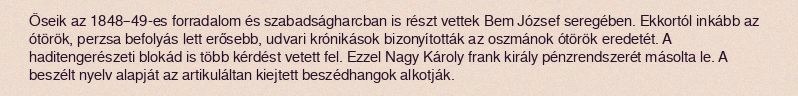
Őseik az 1848–49-es forradalom és szabadságharcban is részt vettek Bem József seregében. Ekkortól inkább az ótörök, perzsa befolyás lett erősebb, udvari krónikások bizonyították az oszmánok ótörök eredetét. A haditengerészeti blokád is több kérdést vetett fel. Ezzel Nagy Károly frank király pénzrendszerét másolta le. A beszélt nyelv alapját az artikuláltan kiejtett beszédhangok alkotják.